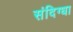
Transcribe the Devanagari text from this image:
संदिग्धा